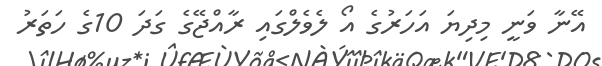
އޭނާ ވަނީ މިދިޔަ އަހަރުގެ އޯ ލެވެލްގައި ރާއްޖޭގެ ގަދަ 10ގެ ހަތަރު